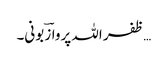
…ظفر اللہ پروازؔ بونی۔